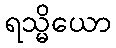
ရသ္မိယော